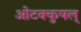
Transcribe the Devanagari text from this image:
ओटक्कुषल्